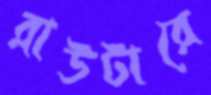
রাউটারে